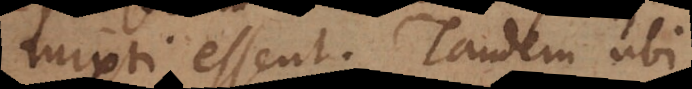
mixti essent. Tandem ubi